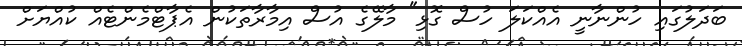
ބަދަލުގައި ހުންނާނީ އެއްކަލަ ހުސް ގޮޅި" މާލޭގެ އުސް އިމާރާތަކުން އެޕާޓްމެންޓެއް ކުއްޔަށް